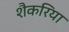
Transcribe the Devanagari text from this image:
शैकरिया